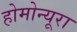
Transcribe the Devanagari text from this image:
होमोन्यूरा